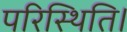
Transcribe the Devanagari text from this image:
परिस्थिति।